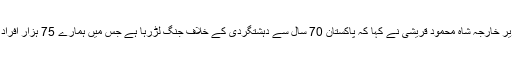
بھارتی صحافیوں سے گفتگو کرتے ہوئے وزیر خارجہ شاہ محمود قریشی نے کہا کہ پاکستان 70 سال سے دہشتگردی کے خلاف جنگ لڑرہا ہے جس میں ہمارے 75 ہزار افراد شہید ہوئے اور 123 ارب ڈالر کا نقصان ہوا۔